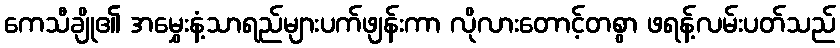
ကေသီချို၏ အမွှေးနံ့သာရည်များပက်ဖျန်းကာ လိုလားတောင့်တစွာ ဖရန့်လမ်းပတ်သည်